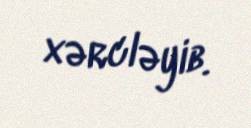
xərcləyib.